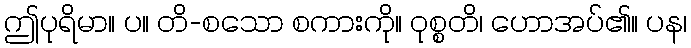
ဤပုရိမာ။ ပ။ တိ-စသော စကားကို။ ဝုစ္စတိ၊ ဟောအပ်၏။ ပန၊